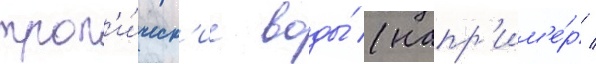
троп'и́ческ'ие воды́ (напр'им'е́р /